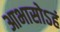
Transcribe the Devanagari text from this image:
आभासोऽहं